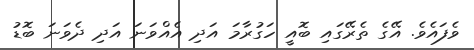
ވެފައެވެ. އޭގެ ތެރޭގައި ބޮއީ ހަގުރާމަ އަދި އެއްވަނަ އަދި ދެވަނަ ބޮޑު